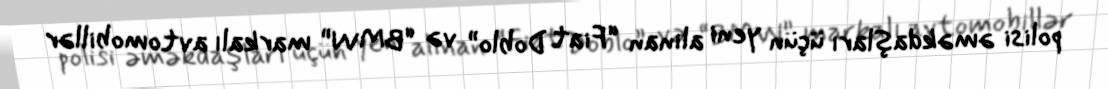
polisi əməkdaşları üçün yeni alınan “Fiat Doblo” və “BMW” markalı avtomobillər